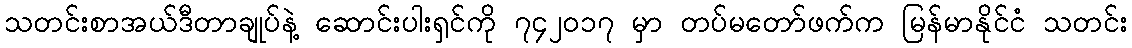
သတင်းစာအယ်ဒီတာချုပ်နဲ့ ဆောင်းပါးရှင်ကို ၇၄၂ဝ၁၇ မှာ တပ်မတော်ဖက်က မြန်မာနိုင်ငံ သတင်း